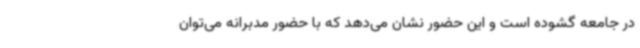
در جامعه گشوده است و این حضور نشان می‌دهد که با حضور مدبرانه می‌توان